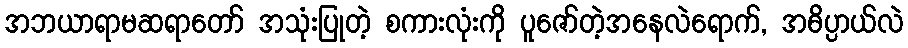
အဘယာရာမဆရာတော် အသုံးပြုတဲ့ စကားလုံးကို ပူဇော်တဲ့အနေလဲရောက်, အဓိပ္ပာယ်လဲ